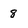
Character: 8